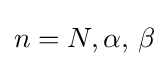
n=N,\alpha ,\,\beta \!